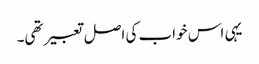
یہی اس خواب کی اصل تعبیر تھی۔